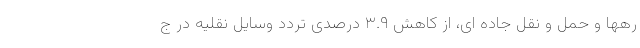
رهها و حمل و نقل جاده ای، از کاهش ۳.۹ درصدی تردد وسایل نقلیه در ج